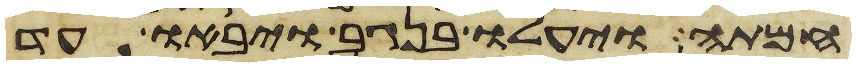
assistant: חמתה ויעלו בנגב ויבאו עד